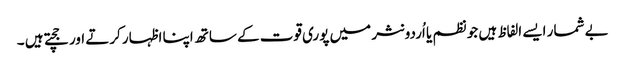
بے شمار ایسے الفاظ ہیں جو نظم یا اُردو نثر میں پوری قوت کے ساتھ اپنا اظہار کرتے اور جچتے ہیں ۔